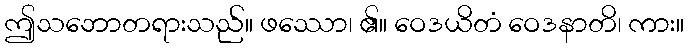
ဤသဘောတရားသည်။ ဖဿော၊ ၏။ ဝေဒယိတံ ဝေဒနာတိ၊ ကား။